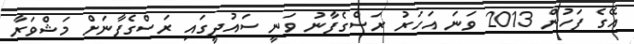
އޭގެ ފަހުން 2013 ވަނަ އަހަރު ރަސްގެފާނު ވަނީ ސައުދީގައި ރަސްގެފާނަށް މަޝްވަރާ